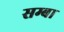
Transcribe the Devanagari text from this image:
सम्बा